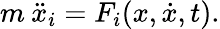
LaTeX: m\: \ddot{x}_{i}=F_{i}(x,\dot{x},t).